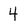
Character: 4